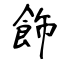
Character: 飾